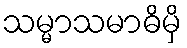
သမ္မာသမာဓိမှိ